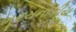
ભૂરચનાકીય